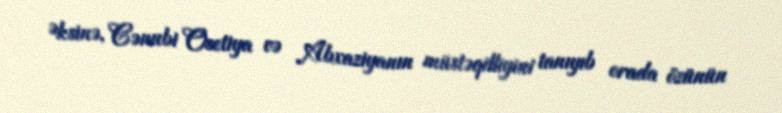
Əksinə, Cənubi Osetiya və Abxaziyanın müstəqilliyini tanıyıb orada özünün